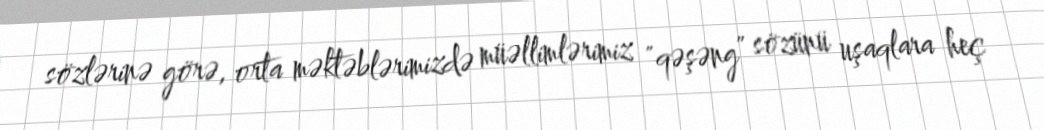
sözlərinə görə, orta məktəblərimizdə müəllimlərimiz "qəşəng” sözünü uşaqlara heç